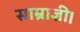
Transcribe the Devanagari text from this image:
साम्राज्ञी।